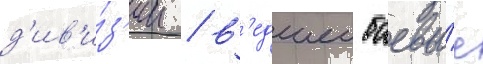
д'ив'и́з'ии / в'едшеи боевы́е